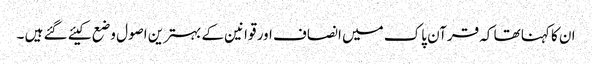
ان کا کہنا تھا کہ قرآن پاک میں انصاف اور قوانین کے بہترین اصول وضع کیئے گئے ہیں ۔